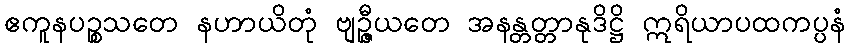
ဧကူနပဉ္စသတေ နဟာယိတုံ ဗျဉ္ဇီယတေ အနန္တတ္တာနုဒိဋ္ဌိ ဣရိယာပထကပ္ပနံ